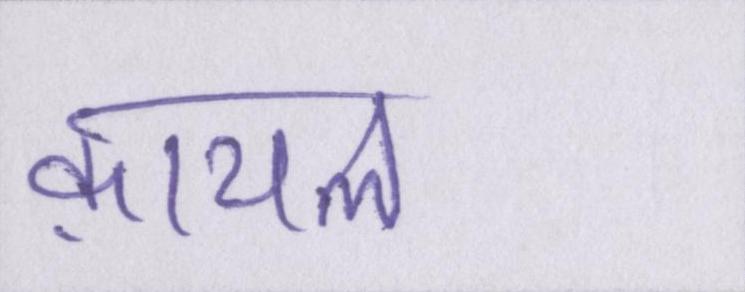
क़ायल